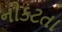
નીકટતા